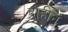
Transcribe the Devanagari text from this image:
दाहीनें